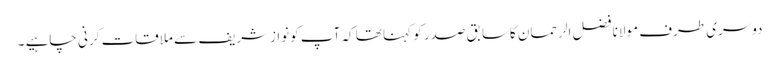
دوسری طرف مولانا فضل الرحمان کاسابق صدر کو کہنا تھا کہ آپ کونوازشریف سے ملاقات کرنی چاہیے ۔